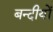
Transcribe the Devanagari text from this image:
बन्दीयों